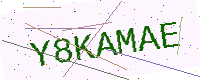
Text: Y8KAMAE